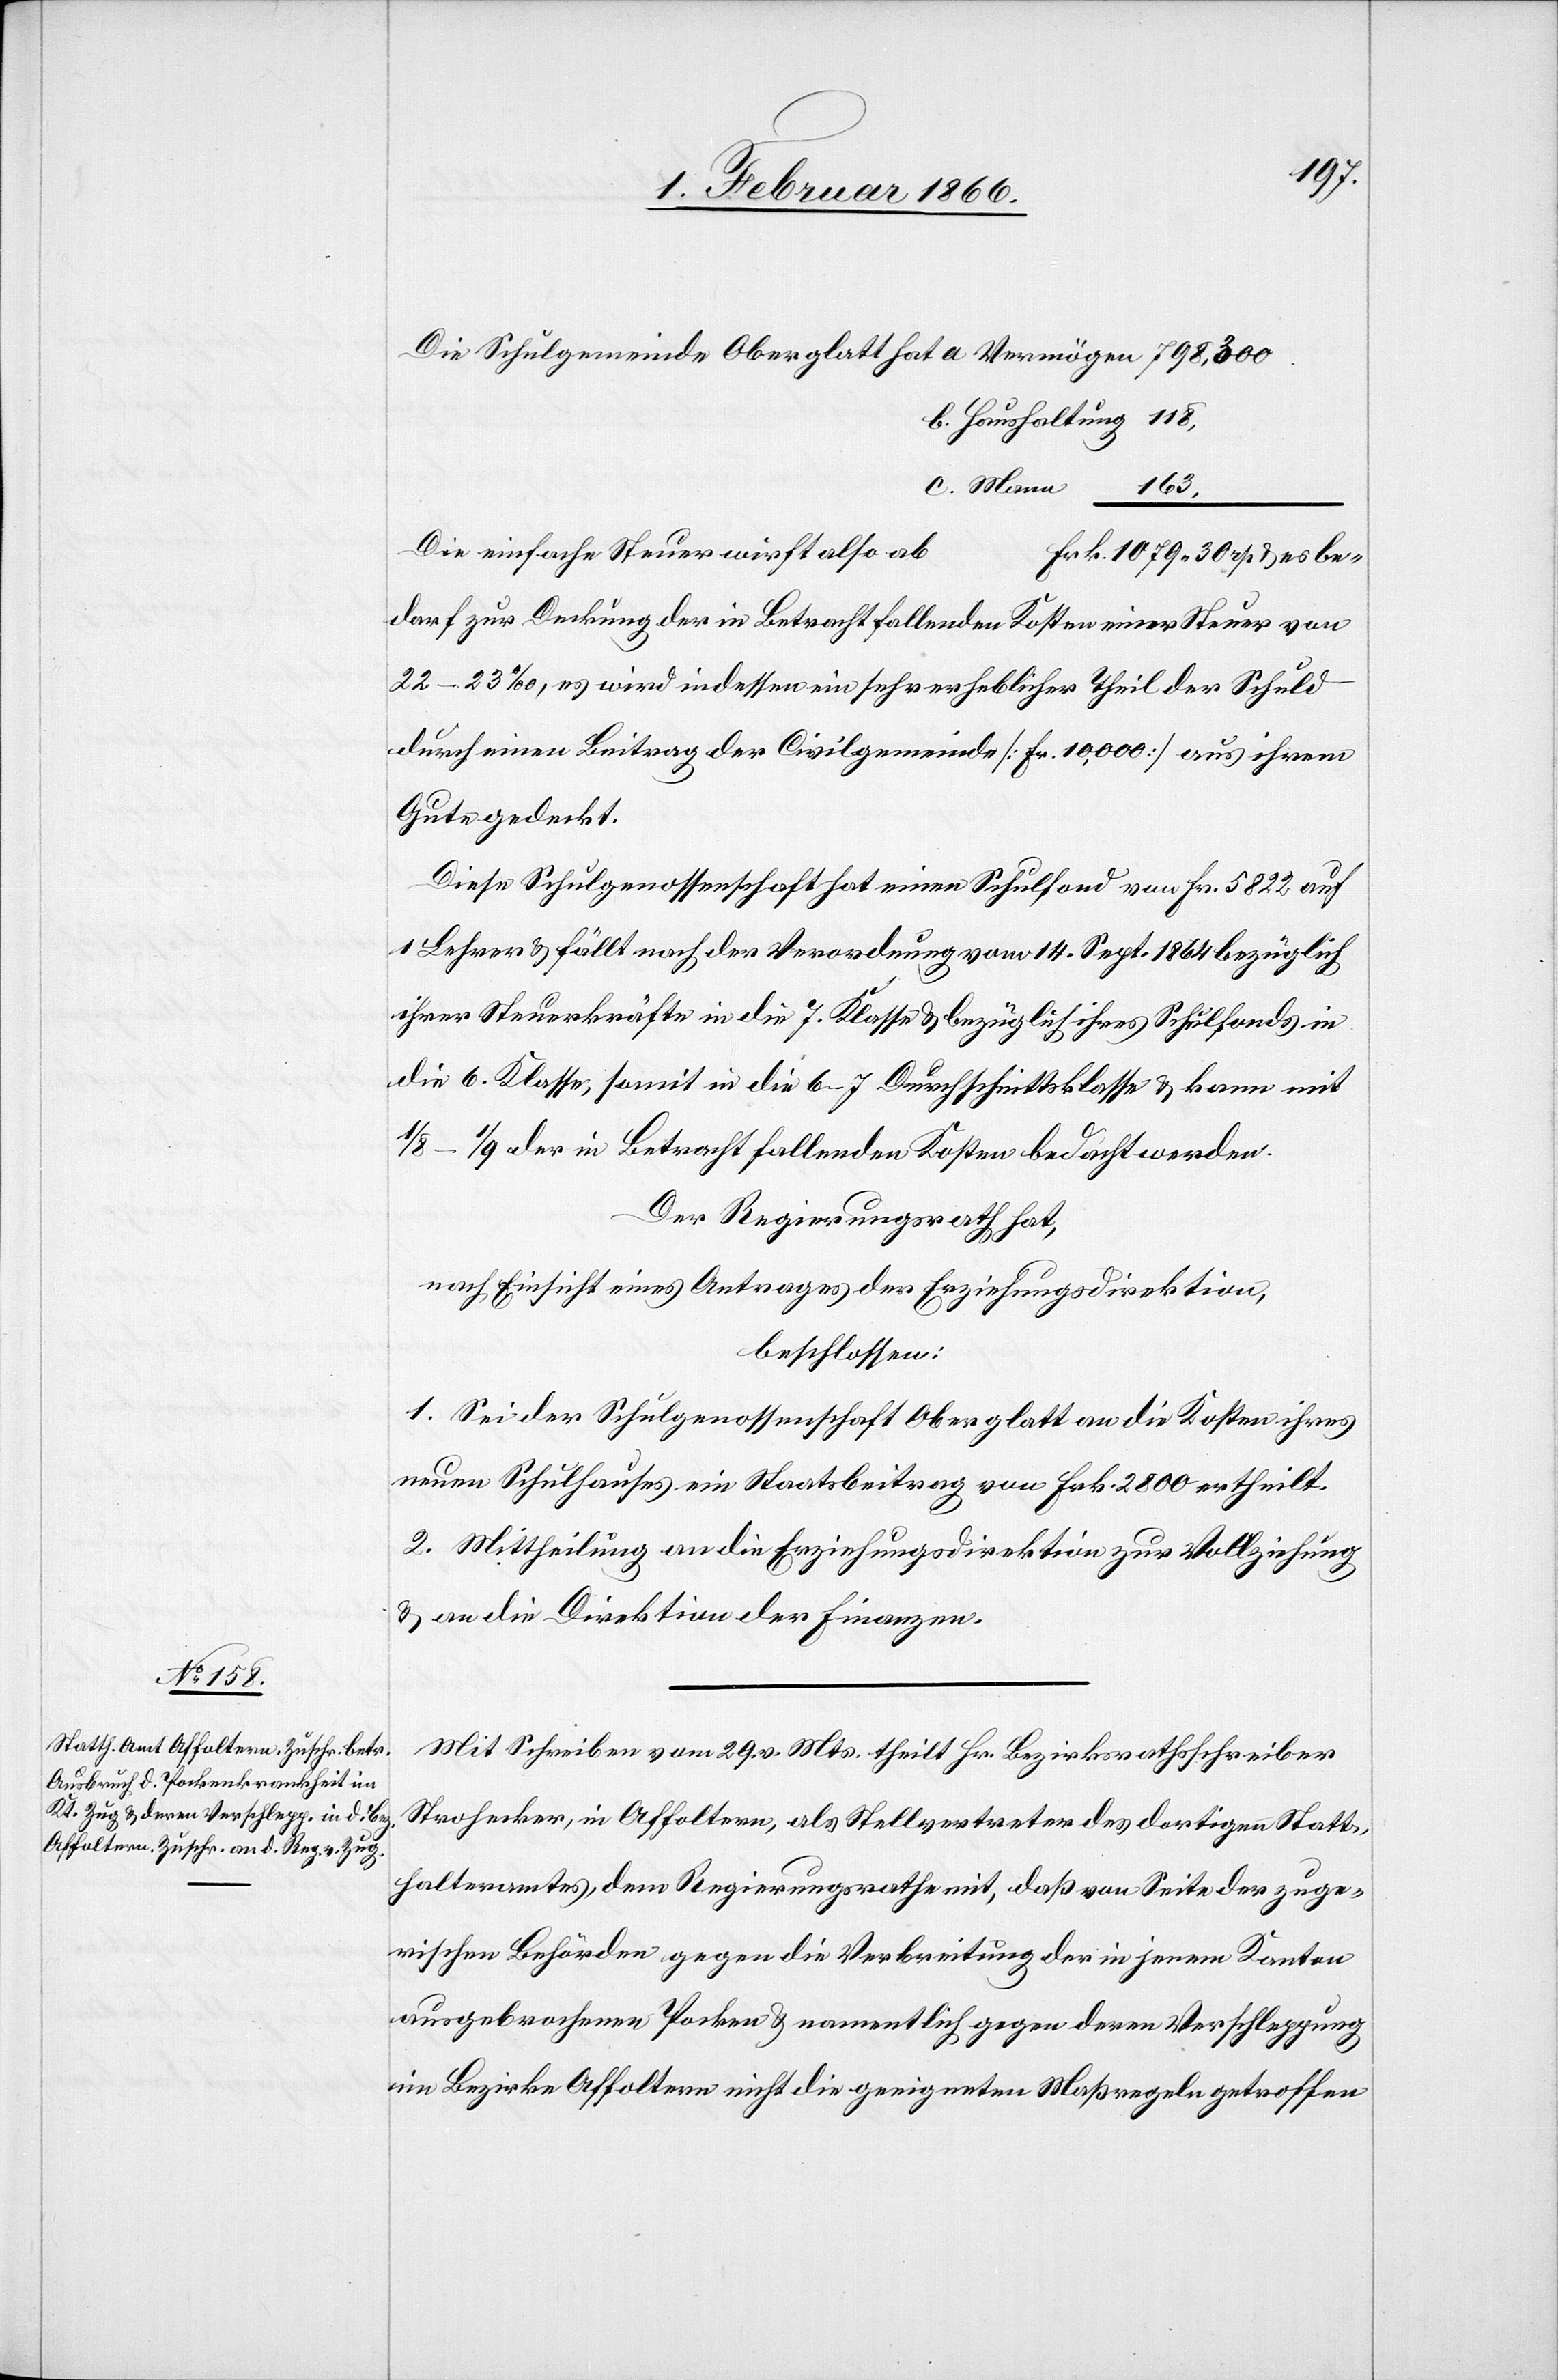
Die Schulgemeinde Oberglatt hat 	a	Vermögen	 798 300.
b.	Haushaltung 118,
Die einfache Steuer wirft also
bedarf zur Deckung der in Betracht fallenden Kosten einer Steuer von
22–23 ‰, es wird indessen ein sehr erheblicher Theil der Schuld
durch einen Beitrag der Civilgemeinde [Fr. 10 000] aus ihrem
Gute gedeckt.
Diese Schulgenossenschaft hat einen Schulfond von Fr. 5822 auf
1 Lehrer u. fällt nach der Verordnung vom 14. Sept. 1864 bezüglich
ihrer Steuerkräfte in die 7. Klasse u. bezüglich ihres Schulfonds in
die 6. Klasse, somit in die 6–7 Durchschnittsklasse u. kann mit
1/8–1/9 der in Betracht fallenden Kosten bedacht werden.
Der Regierungsrath hat,
nach Einsicht eines Antrages der Erziehungsdirektion,
beschlossen:
1. Sei der Schulgenossenschaft Oberglatt an die Kosten ihres
neuen Schulhauses ein Staatsbeitrag von Frk. 2800 ertheilt.
2. Mittheilung an die Erziehungsdirektion zu Vollziehung
u. an die Direktion der Finanzen.
Mit Schreiben vom 29. v. Mts. theilt Hr. Bezirksrathsschreiber
Strohecker, in Affoltern, als Stellvertreter des dortigen Statt¬
halteramtes, dem Regierungsrathe mit, daß von Seite der zuge¬
rischen Behörden gegen die Verbreitung der in jenem Kanton
ausgebrochenen Pocken u. namentlich gegen deren Verschleppung
im Bezirke Affoltern nicht die geeigneten Maßregeln getroffen